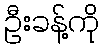
ဦးခန့်ကို